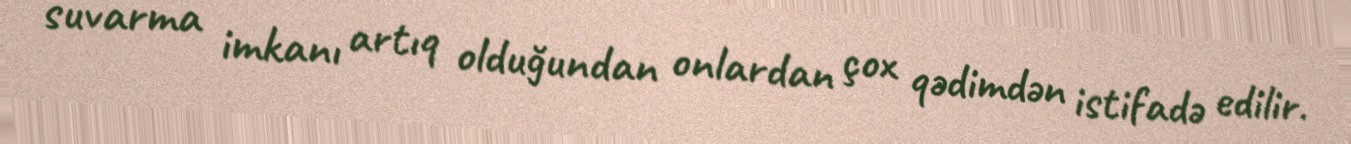
suvarma imkanı artıq olduğundan onlardan çox qədimdən istifadə edilir.